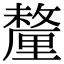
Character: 釐